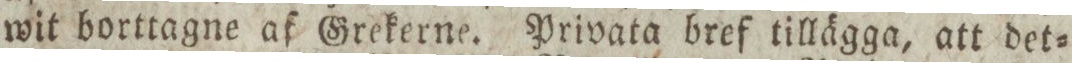
wit borttagne af Grekerne. Privata bref tillägga, att det=